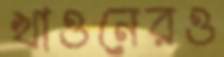
খাওনেরও